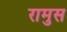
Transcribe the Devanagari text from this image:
रामुस